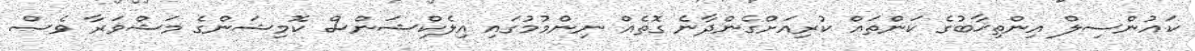
ކައުންސިލް އިންތިޚާބުގެ ކަންތައް ކުރިއަށްގެންދާނެ ގޮތެއް ނިންމުމުގައި އިލެކްޝަންސް ކޮމިޝަންގެ މަޝްވަރާ ވެސް